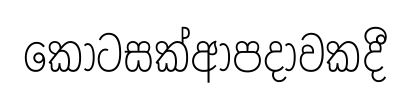
කොටසක්ආපදාවකදී